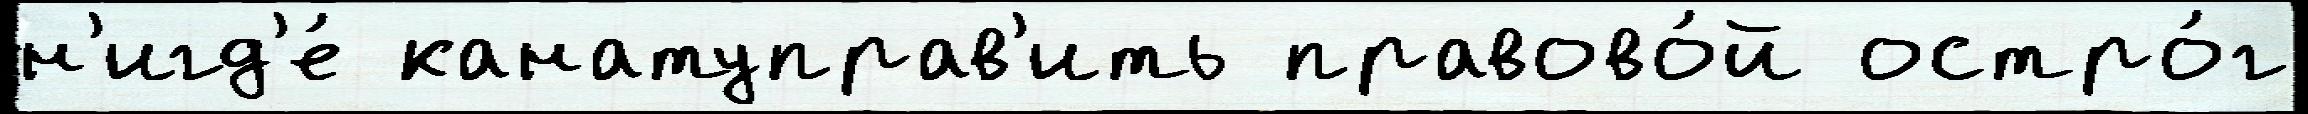
н'игд'е́ канатуправ'ить правово́й остро́г